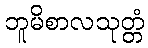
ဘူမိစာလသုတ္တံ